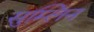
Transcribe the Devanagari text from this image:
सुम्लिन